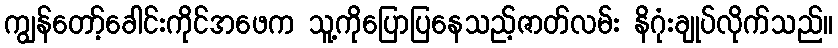
ကျွန်တော့်ခေါင်းကိုင်အဖေက သူ့ကိုပြောပြနေသည့်ဇာတ်လမ်း နိဂုံးချုပ်လိုက်သည်။